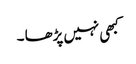
کبھی نہیں پڑھا ۔